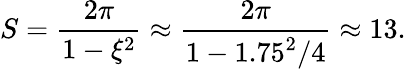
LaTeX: S=\frac{2\pi}{1-\xi^{2}}\approx\frac{2\pi}{1-1.75^{2}/4}\approx 13.